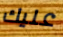
عليك